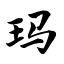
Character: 玛